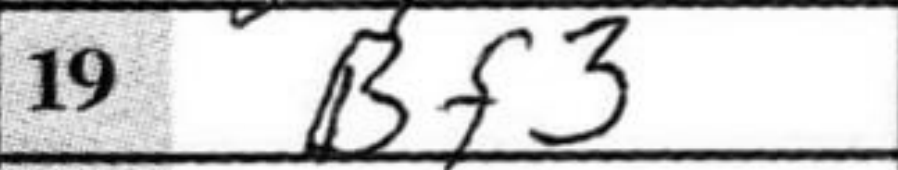
Transcription: Bf3